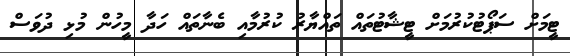
ޓީމަށް ސަޕޯޓުކުރުމަށް ޓީޝާޓުތައް ތައްޔާރު ކުރުމާއި ބެނާތައް ހަދާ މީހުން މުޅި ދުވަސް